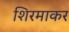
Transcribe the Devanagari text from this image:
शिरमाकर